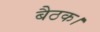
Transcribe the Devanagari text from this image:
बैठक।